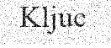
Kljuc